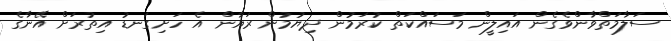
ސަލާމަތްވާންވެގެން އައިލީން މަސައްކަތް ކުރަމުން ދިޔުމުން ރަޔާން އެ ހަށިގަނޑު އިތުރަށް އޭނާގެ